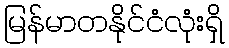
မြန်မာတနိုင်ငံလုံးရှိ